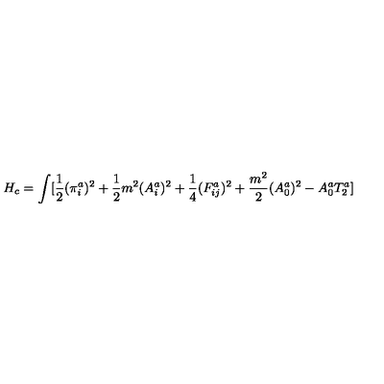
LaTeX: H _ { c } = \int [ \frac { 1 } { 2 } ( \pi _ { i } ^ { a } ) ^ { 2 } + \frac { 1 } { 2 } m ^ { 2 } ( A _ { i } ^ { a } ) ^ { 2 } + \frac { 1 } { 4 } ( F _ { i j } ^ { a } ) ^ { 2 } + \frac { m ^ { 2 } } { 2 } ( A _ { 0 } ^ { a } ) ^ { 2 } - A _ { 0 } ^ { a } T _ { 2 } ^ { a } ]